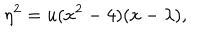
LaTeX: \eta ^ { 2 } = u ( x ^ { 2 } - 4 ) ( x - \lambda ) ,